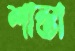
শাস্তা